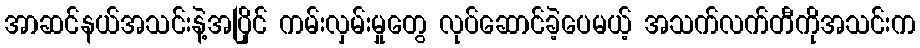
အာဆင်နယ်အသင်းနဲ့အပြိုင် ကမ်းလှမ်းမှုတွေ လုပ်ဆောင်ခဲ့ပေမယ့် အသက်လက်တီကိုအသင်းက